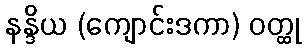
နန္ဒိယ (ကျောင်းဒကာ) ဝတ္ထု